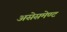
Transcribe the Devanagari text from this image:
असेसमेण्ट